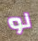
لو